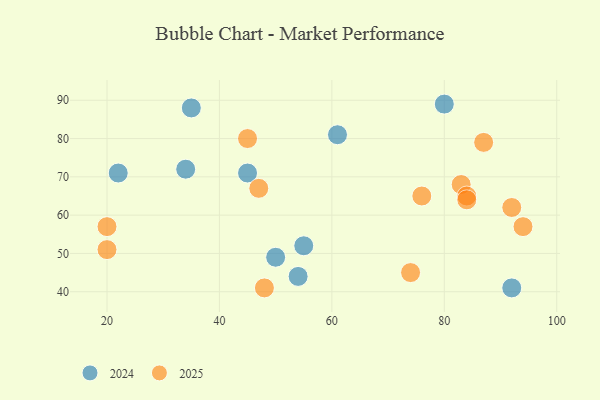
{"axis": {"x": "GDP", "y": "Life Expectancy"}, "legend": ["2024", "2025"], "data": [{"x": "50", "y": 49, "type": "2024"}, {"x": "92", "y": 41, "type": "2024"}, {"x": "55", "y": 52, "type": "2024"}, {"x": "45", "y": 71, "type": "2024"}, {"x": "54", "y": 44, "type": "2024"}, {"x": "22", "y": 71, "type": "2024"}, {"x": "80", "y": 89, "type": "2024"}, {"x": "35", "y": 88, "type": "2024"}, {"x": "61", "y": 81, "type": "2024"}, {"x": "34", "y": 72, "type": "2024"}, {"x": "92", "y": 62, "type": "2025"}, {"x": "45", "y": 80, "type": "2025"}, {"x": "74", "y": 45, "type": "2025"}, {"x": "20", "y": 51, "type": "2025"}, {"x": "48", "y": 41, "type": "2025"}, {"x": "47", "y": 67, "type": "2025"}, {"x": "76", "y": 65, "type": "2025"}, {"x": "20", "y": 57, "type": "2025"}, {"x": "83", "y": 68, "type": "2025"}, {"x": "87", "y": 79, "type": "2025"}, {"x": "84", "y": 65, "type": "2025"}, {"x": "84", "y": 64, "type": "2025"}, {"x": "94", "y": 57, "type": "2025"}]}